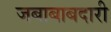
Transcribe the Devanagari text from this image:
जबाबाबदारी